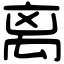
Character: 离